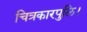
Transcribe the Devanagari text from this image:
चित्रकारपुलि।